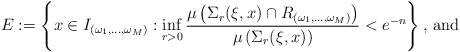
\begin{align*}E := \left\{ x \in I _{(\omega _1 , \ldots , \omega _M)} : \inf _{r > 0} \frac{\mu \left(\Sigma _r ( \xi , x ) \cap R _{(\omega _1 , \ldots , \omega _M)} \right)}{\mu \left( \Sigma _r ( \xi , x ) \right)} < e ^{-n} \right\} \mbox{, and}\end{align*}